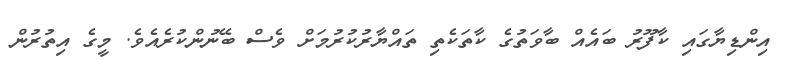
އިންޑިޔާގައި ކާފޫރު ބައެއް ބާވަތުގެ ކާތަކެތި ތައްޔާރުކުރުމަށް ވެސް ބޭނުންކުރެއެވެ. މީގެ އިތުރުން